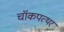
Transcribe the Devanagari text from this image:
चॉकपत्थर